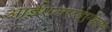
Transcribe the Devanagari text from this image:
आईएलएंडएफएस